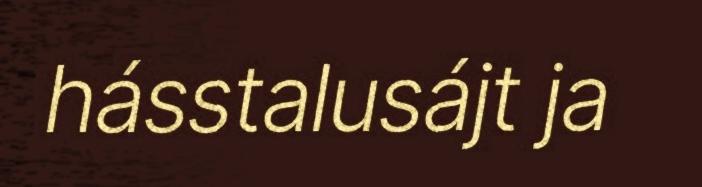
hásstalusájt ja